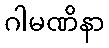
ဂါမဏိနာ